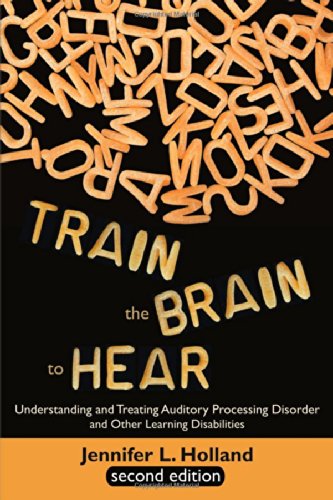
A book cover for Train the Brain to Hear: Understanding and Treating Auditory Processing Disorder, Dyslexia, Dysgraphia, Dyspraxia, Short Term Memory, Executive; Jennifer L. Holland; Parenting & Relationships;